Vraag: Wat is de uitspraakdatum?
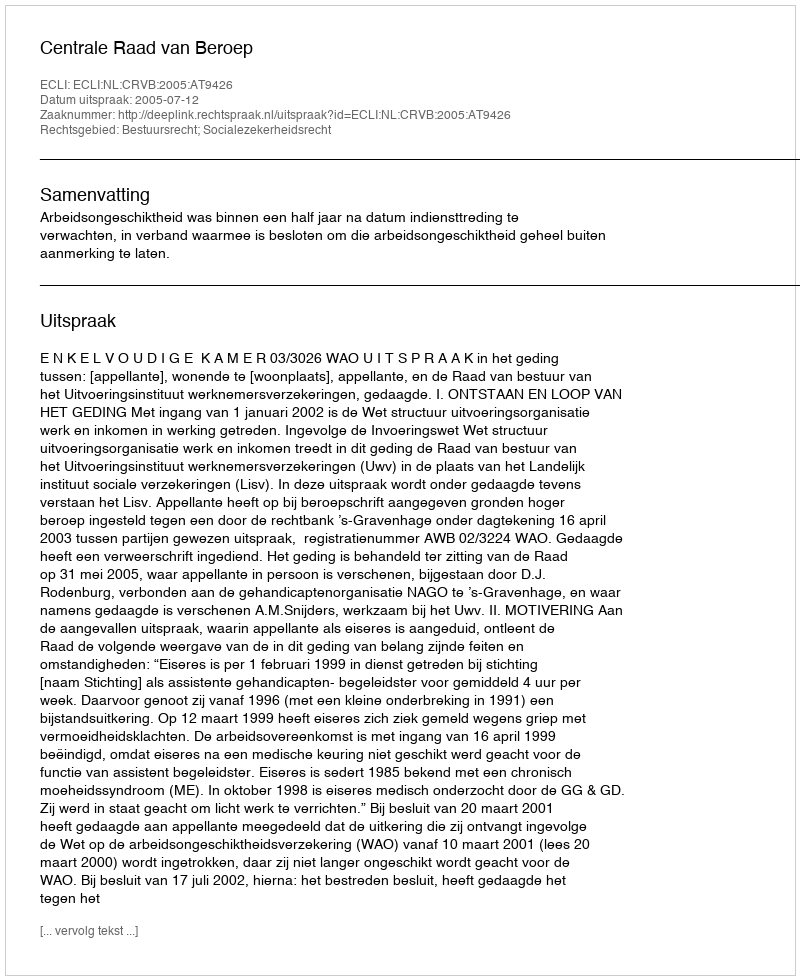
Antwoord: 2005-07-12